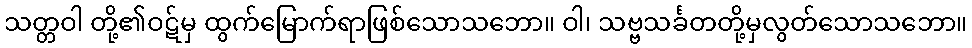
သတ္တဝါ တို့၏ဝဋ်မှ ထွက်မြောက်ရာဖြစ်သောသဘော။ ဝါ၊ သဗ္ဗသင်္ခတတို့မှလွတ်သောသဘော။